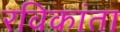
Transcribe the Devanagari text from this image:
रविकांता